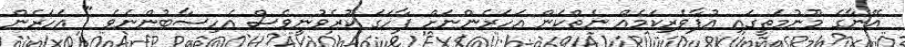
އޭނާގެ މޫނުމަތީގައި އުފާވެރިކަމެއް ނެތްކަން އަހަރެންނަށް ފާހަގަ ކުރެވުނީވެސް އެހިސާބުންނެވެ " އަހަރެން